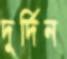
দুর্দিন